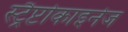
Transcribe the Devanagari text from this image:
स्ट्रैप्टोकाइनेज